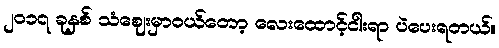
၂၀၁၇ ခုနှစ် သံဈေးမှာဝယ်တော့ လေးထောင့်ငါးရာ ပဲပေးရတယ်။